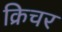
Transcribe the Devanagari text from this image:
क्रिचर